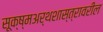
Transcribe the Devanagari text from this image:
सूक्ष्मअर्थशास्त्रावरील